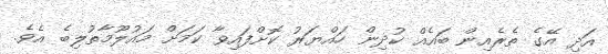
އަދި އޭގެ ތެރެއިން ބައެއް ކުދިން ހައްޔަރު ކޮށްފައިވާ ކަމަށް މައުލޫމާތުލިބެ އެވެ.